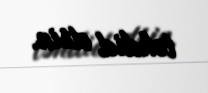
təhdid etsin.